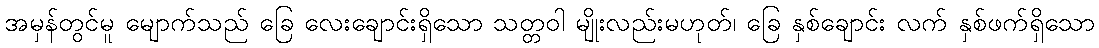
အမှန်တွင်မူ မျောက်သည် ခြေ လေးချောင်းရှိသော သတ္တဝါ မျိုးလည်းမဟုတ်၊ ခြေ နှစ်ချောင်း လက် နှစ်ဖက်ရှိသော